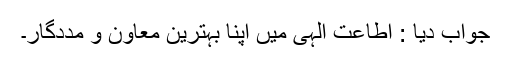
جواب دیا : اطاعت الہی میں اپنا بہترین معاون و مددگار۔